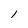
Character: l